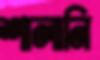
শালানি